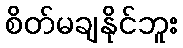
စိတ်မချနိုင်ဘူး